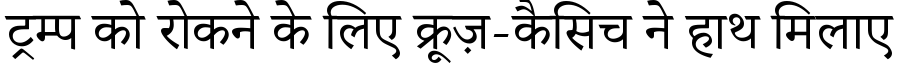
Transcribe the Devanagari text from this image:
ट्रम्प को रोकने के लिए क्रूज़-कैसिच ने हाथ मिलाए